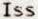
ISS